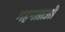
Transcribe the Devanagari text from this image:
गहनताओं